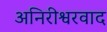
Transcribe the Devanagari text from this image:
अनिरीश्वरवाद